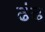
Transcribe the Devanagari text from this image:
ढंढ